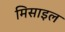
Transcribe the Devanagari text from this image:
मिसाइल